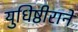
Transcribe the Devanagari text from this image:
युधिष्ठीराने